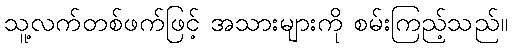
သူ့လက်တစ်ဖက်ဖြင့် အသားများကို စမ်းကြည့်သည်။